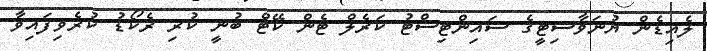
ލެއިޑެން ޔުނަވާސިޓީގެ ސައިންޓިސްޓު ކަރެލް ޓެން ކޭޓް ބުނީ ކުރި ރެކޯޑު ކުރެވިފައިވާ